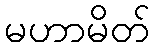
မဟာမိတ်